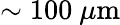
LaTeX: \sim 100~\mu\mathrm{m}